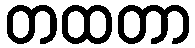
တထတာ